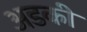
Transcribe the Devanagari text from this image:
अडकी